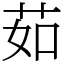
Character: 茹